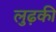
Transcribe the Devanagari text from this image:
लुढ़की